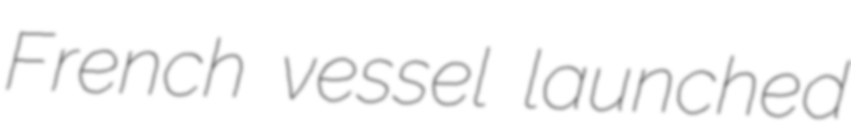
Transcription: French vessel launched